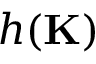
h ( \mathbf { K } )